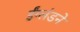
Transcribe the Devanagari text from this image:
ईंग्लंडने